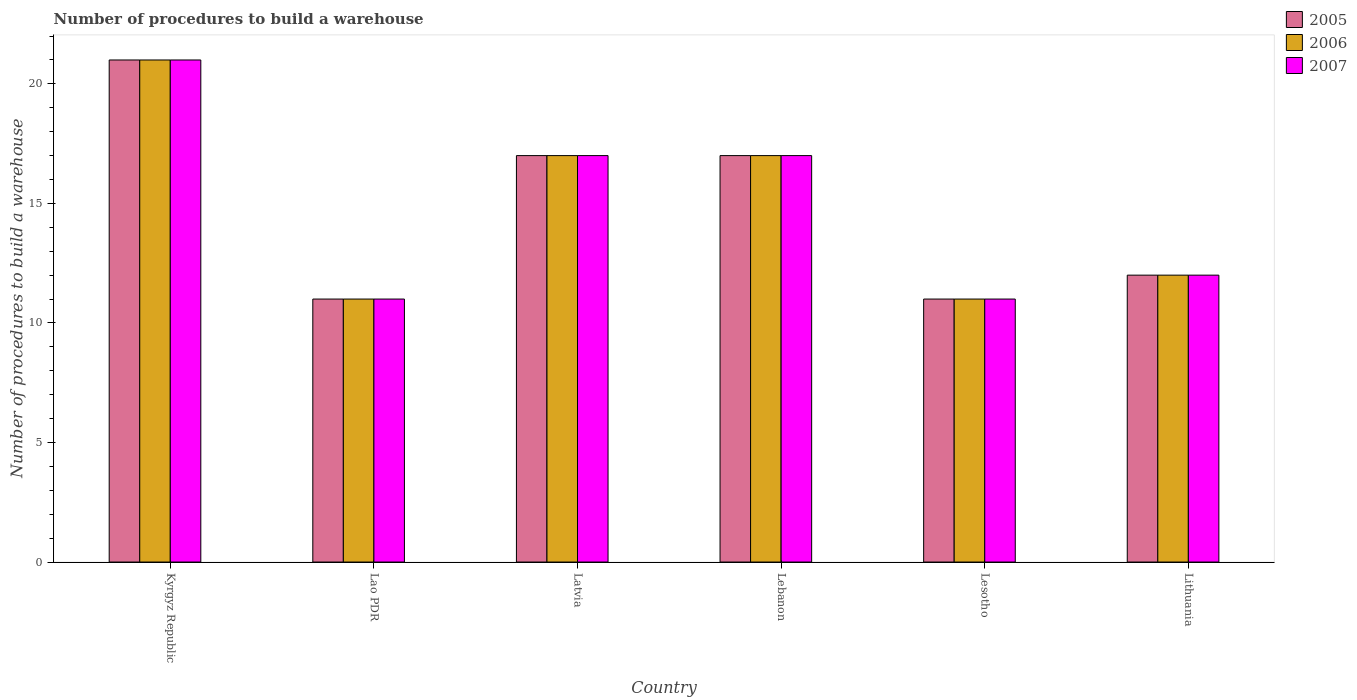
| Country | 2005 | 2006 | 2007 |
 | --- | --- | --- | --- |
 | Kyrgyz Republic | 21 | 21 | 21 |
 | Lao PDR | 11 | 11 | 11 |
 | Latvia | 17 | 17 | 17 |
 | Lebanon | 17 | 17 | 17 |
 | Lesotho | 11 | 11 | 11 |
 | Lithuania | 12 | 12 | 12 |